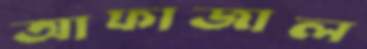
আফাজাল